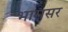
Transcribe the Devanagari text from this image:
भारासर